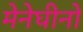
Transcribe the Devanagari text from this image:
मेनेघीनो